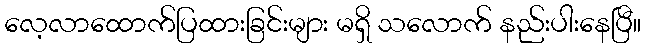
လေ့လာထောက်ပြထားခြင်းများ မရှိ သလောက် နည်းပါးနေပြီ။